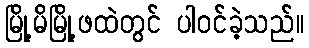
မြို့မိမြို့ဖထဲတွင် ပါဝင်ခဲ့သည်။